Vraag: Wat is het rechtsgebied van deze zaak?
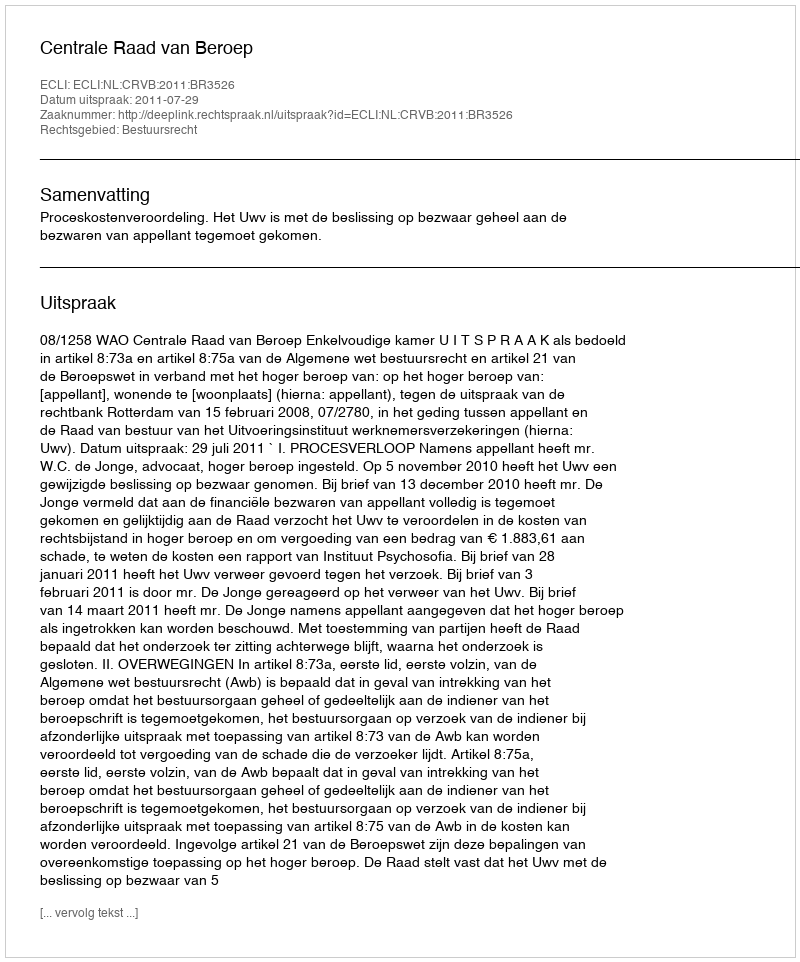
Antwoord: Bestuursrecht